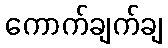
ကောက်ချက်ချ